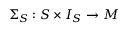
\Sigma _ { S } : S \times I _ { S } \to M